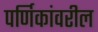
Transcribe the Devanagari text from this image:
पर्णिकांवरील